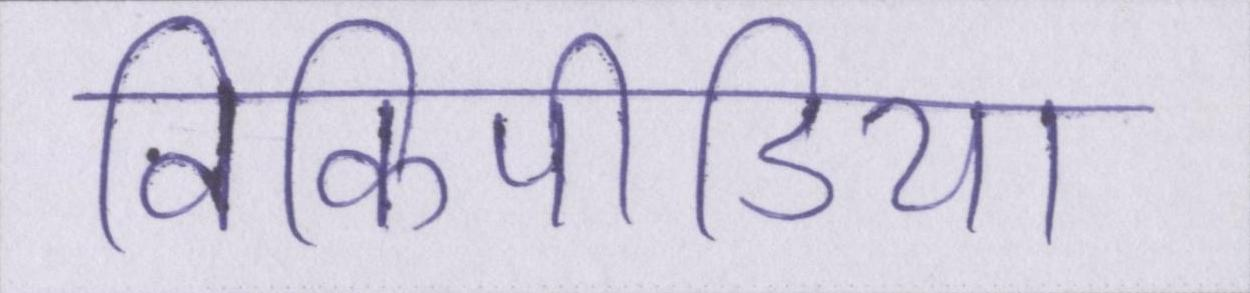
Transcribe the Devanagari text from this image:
विकिपीडिया